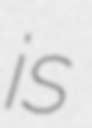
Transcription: is